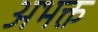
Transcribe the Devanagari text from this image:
अभक्त